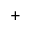
^ { + }